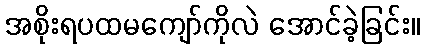
အစိုးရပထမကျော်ကိုလဲ အောင်ခဲ့ခြင်း။